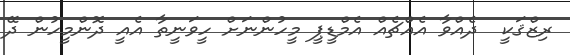
ރިޒްޤަކީ  ދެއްވާ އެއްޗެއް އެމްޑީޕީ މީހުންނަށް ހީވަނީތާ އެއީ ދޮންމީހުން ދޭ